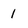
Character: 1